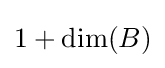
1+{\text{dim}}(B)